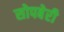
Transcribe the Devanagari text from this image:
सोपबेरी